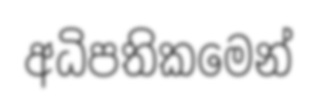
අධිපතිකමෙන්